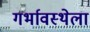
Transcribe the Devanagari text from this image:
गर्भावस्थेला